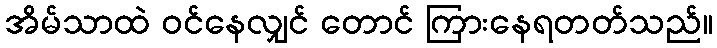
အိမ်သာထဲ ဝင်နေလျှင် တောင် ကြားနေရတတ်သည်။